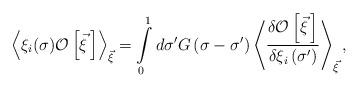
LaTeX: \begin{align*}\left<\xi_i(\sigma){\cal O}\left[\vec\xi{\,}\right]\right>_{\vec\xi}=\int\limits_0^1 d\sigma^\prime G\left(\sigma-\sigma^\prime\right)\left<\frac{\delta{\cal O}\left[\vec\xi{\,}\right]}{\delta\xi_i\left(\sigma^\prime\right)}\right>_{\vec\xi},\end{align*}